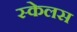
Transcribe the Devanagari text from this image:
स्केलस